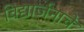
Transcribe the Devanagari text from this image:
विद्यार्जनाचे